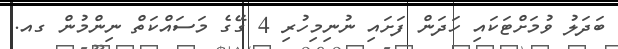
ބަދަލު ވުމަށްޓަކައި ހަދަން ފަށައި ނުނިމިހުރި 4 ގޭގެ މަސައްކަތް ނިންމުން ގއ.